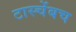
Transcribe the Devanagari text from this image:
टास्चेंबच